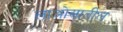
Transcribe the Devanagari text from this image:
लाओसातील